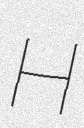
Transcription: H